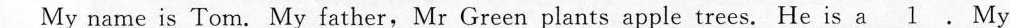
My name is Tom. My father, Mr Green plants apple trees. He is a l_ . My